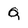
Character: Q